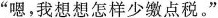
”嗯，我想想怎样少缴点税。”